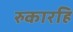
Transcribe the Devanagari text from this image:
रुकारहि